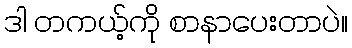
ဒါ တကယ့်ကို စာနာပေးတာပဲ။